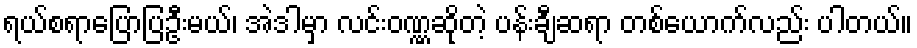
ရယ်စရာပြောပြဦးမယ်၊ အဲဒါမှာ လင်းဝဏ္ဏဆိုတဲ့ ပန်းချီဆရာ တစ်ယောက်လည်း ပါတယ်။